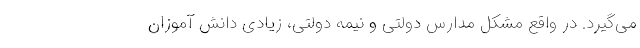
می‌گیرد. در واقع مشکل مدارس دولتی و نیمه دولتی، زیادی دانش آموزان